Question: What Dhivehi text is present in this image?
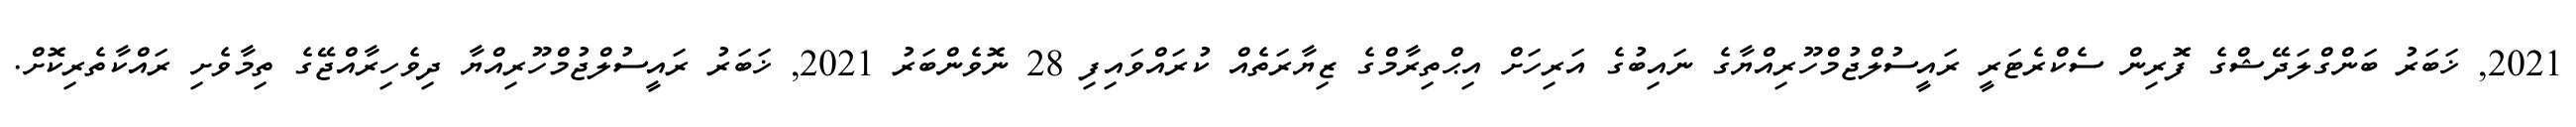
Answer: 2021, ޚަބަރު ބަންގްލަދޭޝްގެ ފޮރިން ސެކްރެޓަރީ ރައީސުލްޖުމްހޫރިއްޔާގެ ނައިބުގެ އަރިހަށް އިޙްތިރާމްގެ ޒިޔާރަތެއް ކުރައްވައިފި 28 ނޮވެންބަރު 2021, ޚަބަރު ރައީސުލްޖުމްހޫރިއްޔާ ދިވެހިރާއްޖޭގެ ތިމާވެށި ރައްކާތެރިކޮށް.